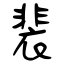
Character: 裴